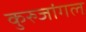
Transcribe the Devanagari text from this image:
कुरुजांगल